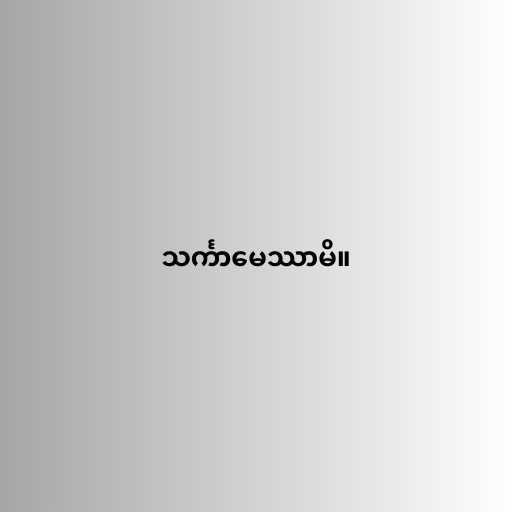
သင်္ကာမေဿာမိ။